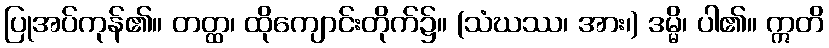
ပြုအပ်ကုန်၏။ တတ္ထ၊ ထိုကျောင်းတိုက်၌။ (သံဃဿ၊ အား၊) ဒမ္မိ၊ ပါ၏။ ဣတိ